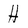
Character: H